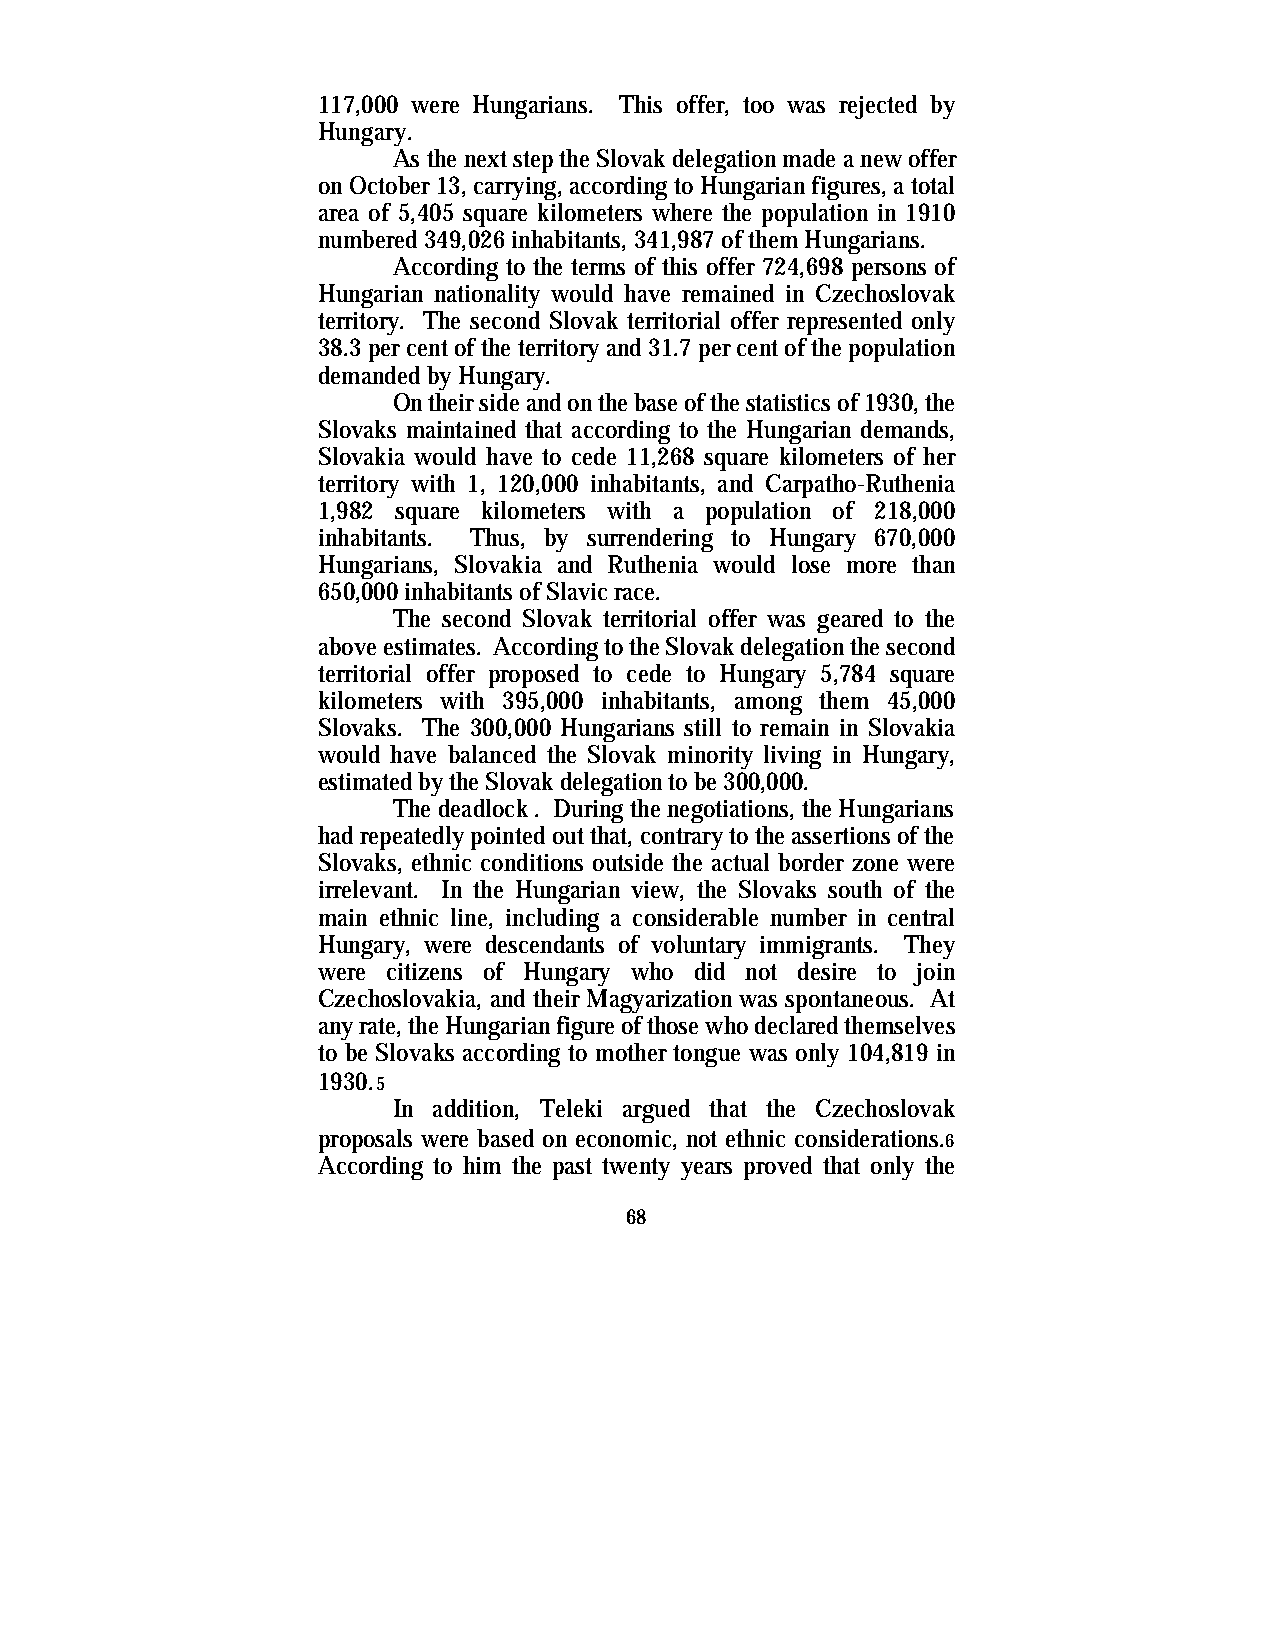
117,000 were Hungarians. This offer, too was rejected by
 Hungary.
 As the next step the Slovak delegation made a new offer
 on October 13, carrying, according to Hungarian figures, a total
 area of 5,405 square kilometers where the population in 1910
 numbered 349,026 inhabitants, 341,987 of them Hungarians.
 According to the terms of this offer 724,698 persons of
 Hungarian nationality would have remained in Czechoslovak
 territory. The second Slovak territorial offer represented only
 38.3 per cent of the territory and 31.7 per cent of the population
 demanded by Hungary.
 On their side and on the base of the statistics of 1930, the
 Slovaks maintained that according to the Hungarian demands,
 Slovakia would have to cede 11,268 square kilometers of her
 territory with 1, 120,000 inhabitants, and Carpatho-Ruthenia
 1,982 square kilometers with a population of 218,000
 inhabitants. Thus, by surrendering to Hungary 670,000
 Hungarians, Slovakia and Ruthenia would lose more than
 650,000 inhabitants of Slavic race.
 The second Slovak territorial offer was geared to the
 above estimates. According to the Slovak delegation the second
 territorial offer proposed to cede to Hungary 5,784 square
 kilometers with 395,000 inhabitants, among them 45,000
 Slovaks. The 300,000 Hungarians still to remain in Slovakia
 would have balanced the Slovak minority living in Hungary,
 estimated by the Slovak delegation to be 300,000.
 The deadlock . During the negotiations, the Hungarians
 had repeatedly pointed out that, contrary to the assertions of the
 Slovaks, ethnic conditions outside the actual border zone were
 irrelevant. In the Hungarian view, the Slovaks south of the
 main ethnic line, including a considerable number in central
 Hungary, were descendants of voluntary immigrants. They
 were citizens of Hungary who did not desire to join
 Czechoslovakia, and their Magyarization was spontaneous. At
 any rate, the Hungarian figure of those who declared themselves
 to be Slovaks according to mother tongue was only 104,819 in
 1930.5
 In addition, Teleki argued that the Czechoslovak
 proposals were based on economic, not ethnic considerations.6
 According to him the past twenty years proved that only the
 68